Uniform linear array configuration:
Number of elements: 48
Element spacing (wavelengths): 0.25
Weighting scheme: hann
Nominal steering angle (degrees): -30
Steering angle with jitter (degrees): -30.64
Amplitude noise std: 0.05
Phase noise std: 0.05

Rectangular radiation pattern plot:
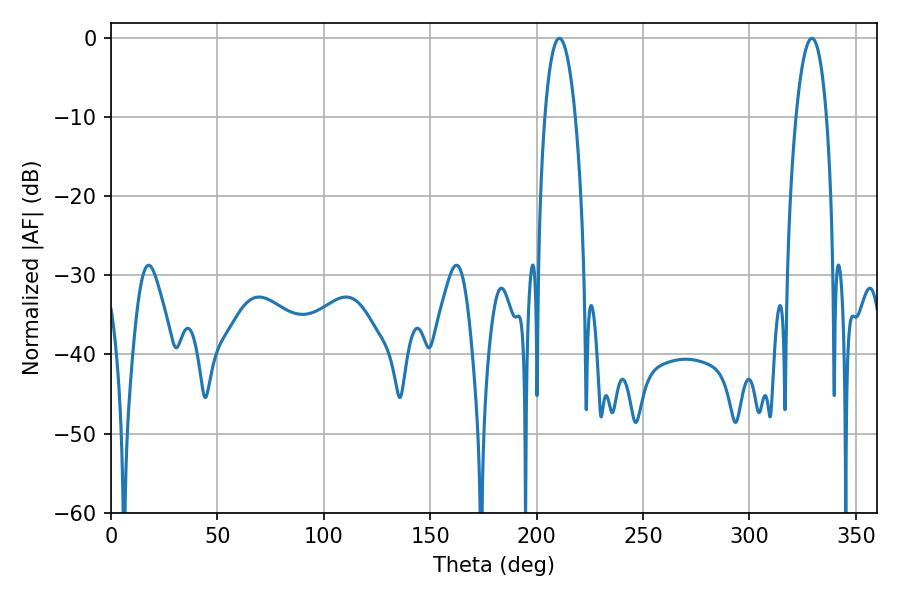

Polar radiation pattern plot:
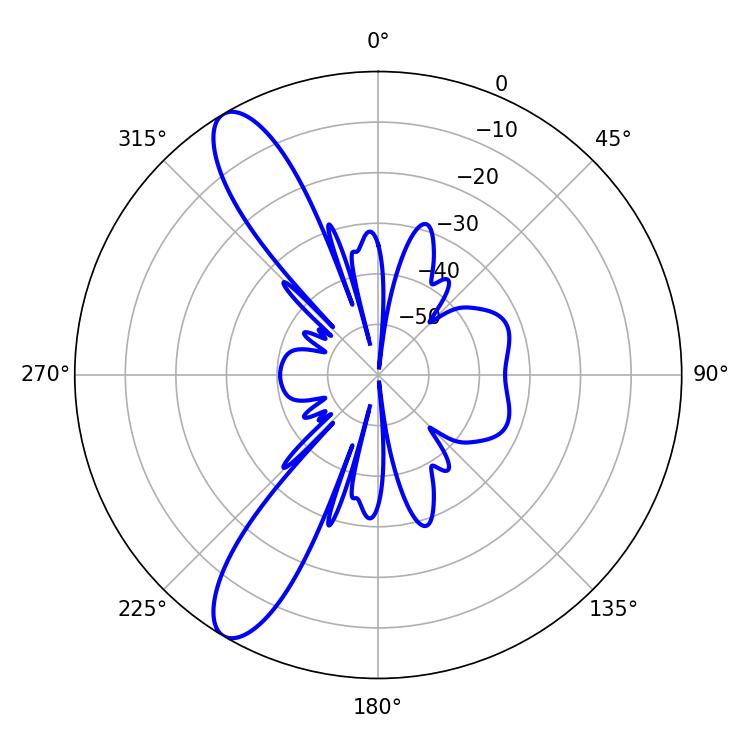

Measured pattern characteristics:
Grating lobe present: FALSE
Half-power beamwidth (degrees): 7.92
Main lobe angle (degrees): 210.6